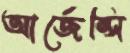
আর্জেন্সি